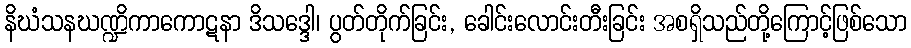
နိဃံသနဃဏ္ဍိကာကောဋနာ ဒိသဒ္ဒေါ၊ ပွတ်တိုက်ခြင်း, ခေါင်းလောင်းတီးခြင်း အစရှိသည်တို့ကြောင့်ဖြစ်သော